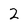
Character: 2